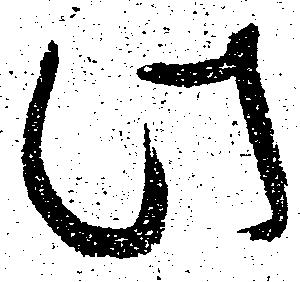
此